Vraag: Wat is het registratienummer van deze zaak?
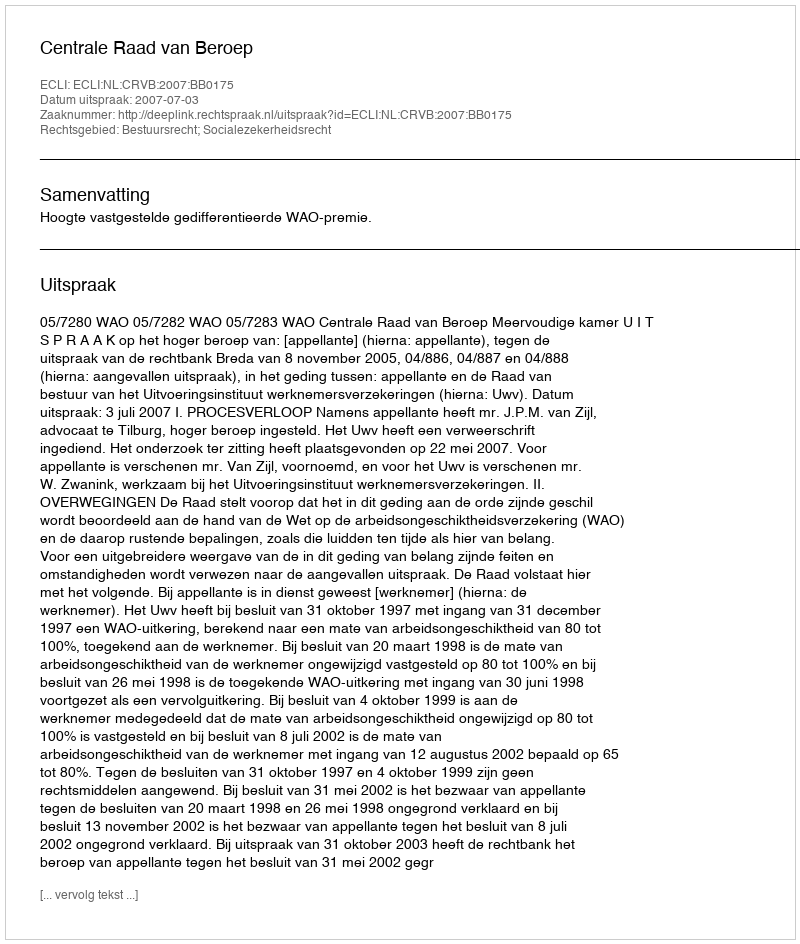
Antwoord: http://deeplink.rechtspraak.nl/uitspraak?id=ECLI:NL:CRVB:2007:BB0175